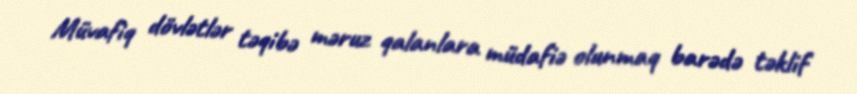
Müvafiq dövlətlər təqibə məruz qalanlara müdafiə olunmaq barədə təklif